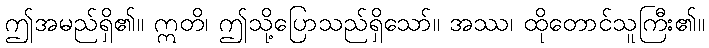
ဤအမည်ရှိ၏။ ဣတိ၊ ဤသို့ပြောသည်ရှိသော်။ အဿ၊ ထိုတောင်သူကြီး၏။